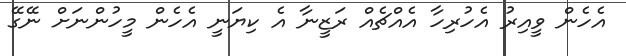
އެހެން ވީއިރު އެހުރިހާ އެއްޗެއް ރަޒީނާ އެ ކިޔަނީ އެހެން މީހުންނަށް ނޭގޭ